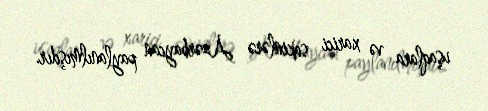
uşaqlara və xarici sakinlərə Azərbaycan paylanılmışdır.